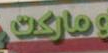
સ્વચ્છ